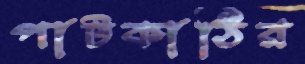
পাটকাঠির